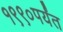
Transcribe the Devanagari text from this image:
१९९०पर्यंत